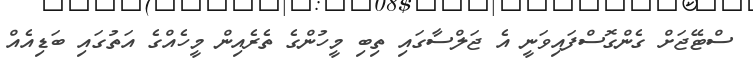
ސްޓޭޖަށް ގެންގޮސްފައިވަނީ އެ ޖަލްސާގައި ތިބި މީހުންގެ ތެރެއިން މީހެއްގެ އަތުގައި ބަޑިއެއް